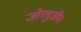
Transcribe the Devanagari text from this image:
जोग्लुऑन